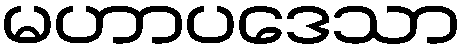
မဟာပဒေသာ